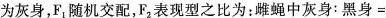
为灰身，F_{1}随机交配，F_{2}表现型之比为：雌蝇中灰身：黑身=